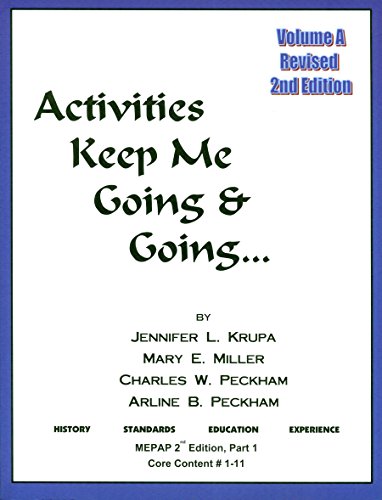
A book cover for Activities Keep Me Going and Going, Volume A (Activities Keep Me Going & Going); Jennifer Krupa; Medical Books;